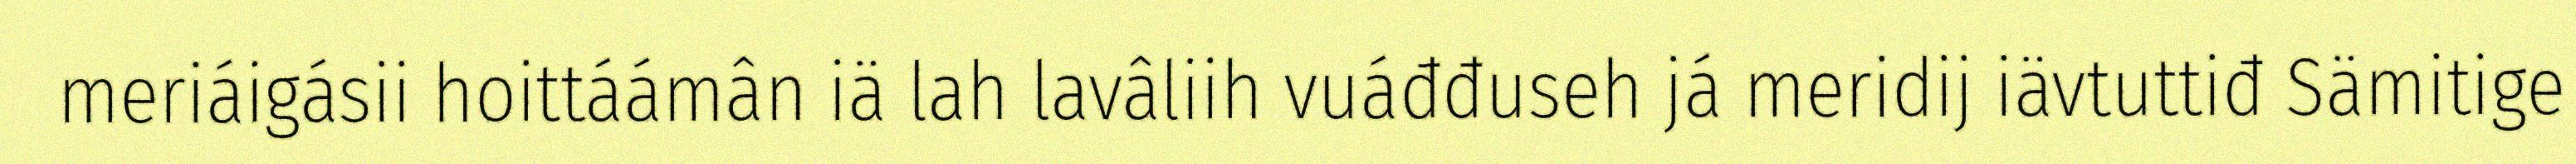
meriáigásii hoittáámân iä lah lavâliih vuáđđuseh já meridij iävtuttiđ Sämitige